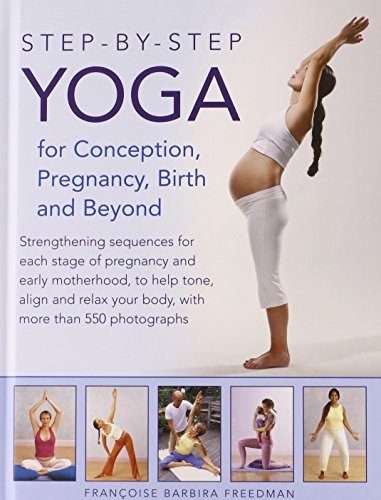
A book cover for Step-by-Step Yoga for Conception, Pregnancy, Birth and Beyond: Strengthening Sequences For Each Stage Of Pregnancy And Early Motherhood, To Help Tone, ... Your Body, With More Than 550 Photographs; Francoise Barbira Freedman; Health, Fitness & Dieting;